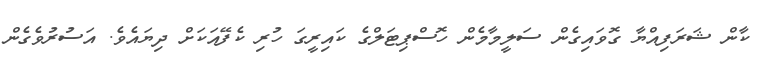
ކާން ޝަރަފިއްޔާ ގޮވައިގެން ސަލީމާމެން ހޮސްޕިޓަލްގެ ކައިރީގަ ހުރި ކެފޭއަކަށް ދިޔައެވެ. އަސުރުވެގެން